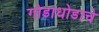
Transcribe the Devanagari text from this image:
गोडाधोडाचे